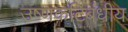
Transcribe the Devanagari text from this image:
उष्‍णकटिबंधीय